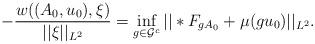
LaTeX: \begin{align*} -\frac{w((A_0,u_0),\xi)}{||\xi||_{L^2}} = \inf_{g\in\mathcal{G}^c} ||*F_{gA_0} + \mu(gu_0)||_{L^2}. \end{align*}